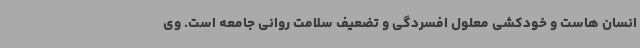
انسان هاست و خودکشی معلول افسردگی و تضعیف سلامت روانی جامعه است. وی